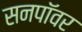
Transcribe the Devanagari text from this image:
सनपॉवर